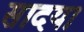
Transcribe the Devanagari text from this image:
सादया